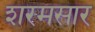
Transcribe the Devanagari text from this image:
शरमसार